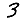
Digit: 3